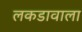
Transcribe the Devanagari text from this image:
लकडावाला